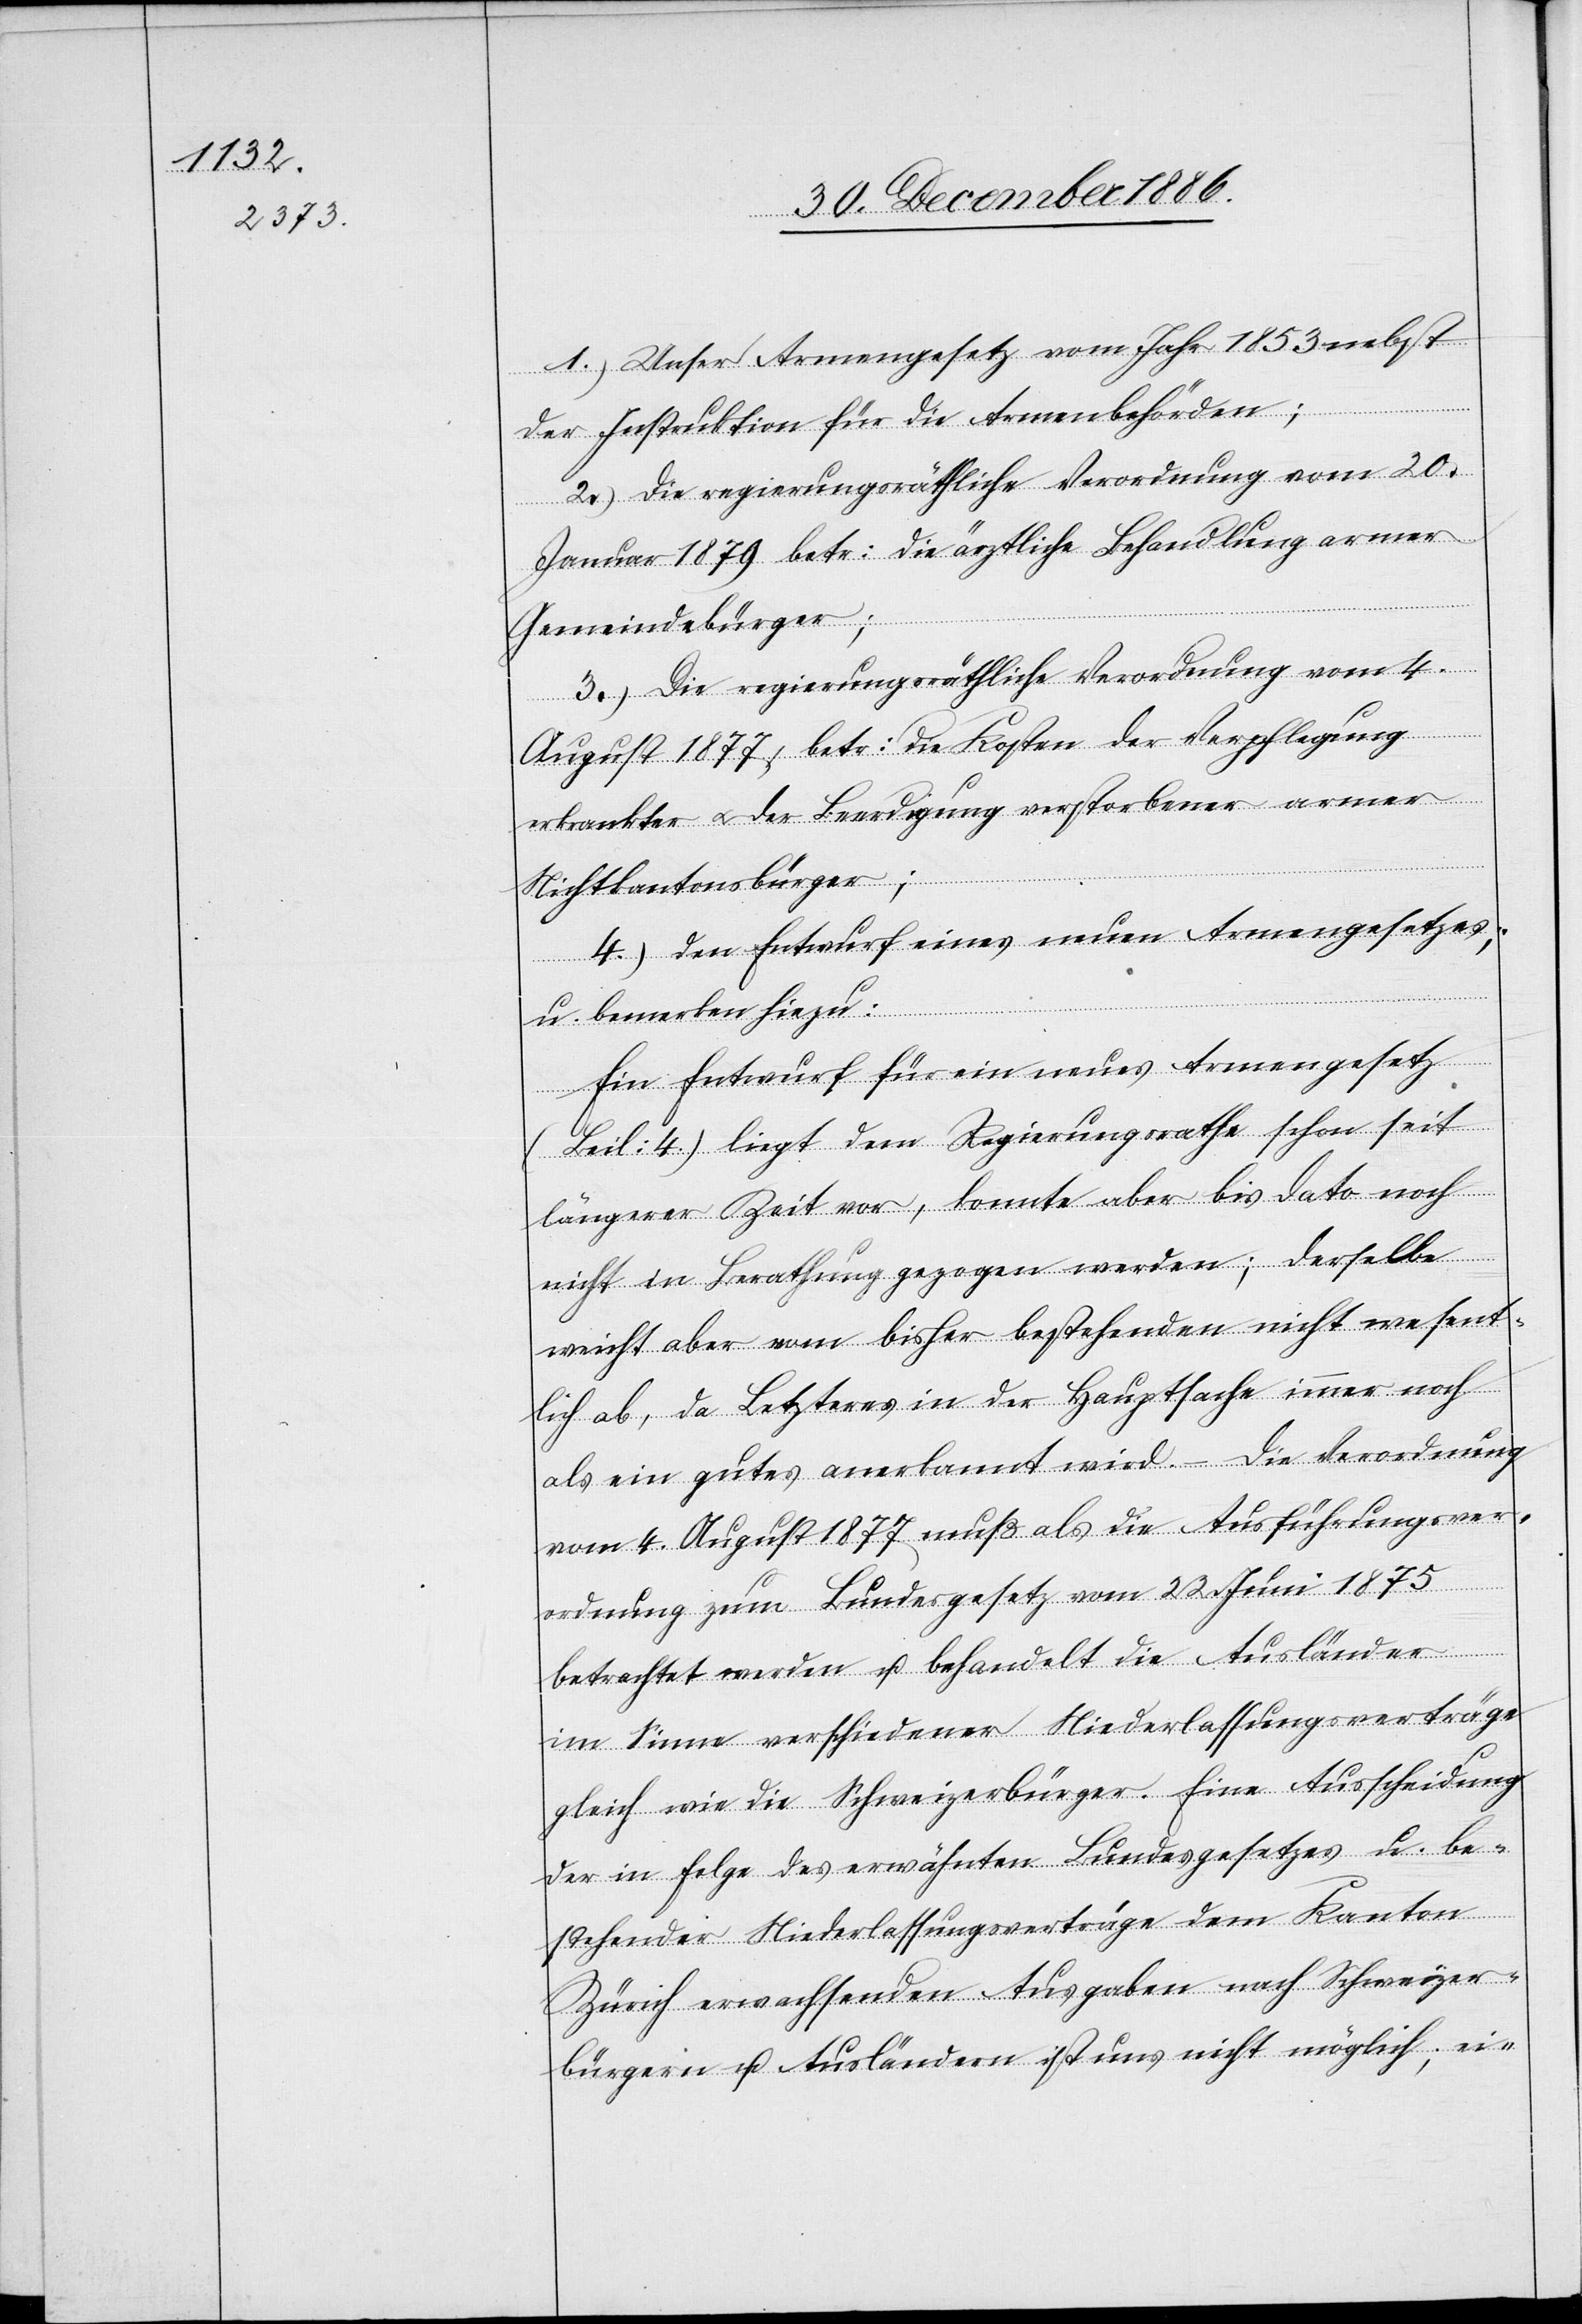
1.) Unser Armengesetz vom Jahr 1853 nebst
der Instruktion für die Armenbehörden;
2.) die regierungsräthliche Verordnung vom 20.
Januar 1879 betr: die ärztliche Behandlung armer
Gemeindebürger;
3.) Die regierungsräthliche Verordnung vom 4.
August 1877, betr: die Kosten der Verpflegung
erkrankter & der Beerdigung verstorbener armer
Nichtkantonsbürger;
4.) den Entwurf eines neuen Armengesetzes;
u. bemerken hiezu:
Ein Entwurf für ein neues Armengesetz
(Beil: 4) liegt dem Regierungsrathe schon seit
längerer Zeit vor, konnte aber bis dato noch
nicht in Berathung gezogen werden; derselbe
weicht aber vom bisher bestehenden nicht wesent¬
lich ab, da Letzteres in der Hauptsache immer noch
als ein gutes anerkannt wird. – Die Verordnung
vom 4. August 1877 muß als die Ausführungsver¬
ordnung zum Bundesgesetz vom 22. Juni 1875
betrachtet werden u. behandelt die Ausländer
im Sinne verschiedener Niederlassungsverträge
gleich wie die Schweizerbürger. Eine Ausscheidung
der in Folge des erwähnten Bundesgesetzes u. be¬
stehender Niederlassungsverträge dem Kanton
Zürich erwachsenden Ausgaben nach Schweizer¬
bürgern u. Ausländern ist uns nicht möglich; ei-